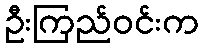
ဦးကြည်ဝင်းက